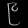
Digit: ၉